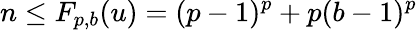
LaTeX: n\leq F_{p,b}(u)=(p-1)^{p}+p(b-1)^{p}